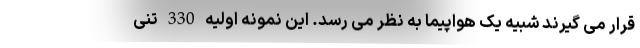
قرار می گیرند شبیه یک هواپیما به نظر می رسد. این نمونه اولیه 330 تنی